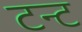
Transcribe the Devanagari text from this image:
टन्ट